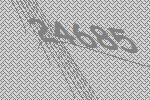
24685